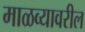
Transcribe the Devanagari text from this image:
माळव्यावरील